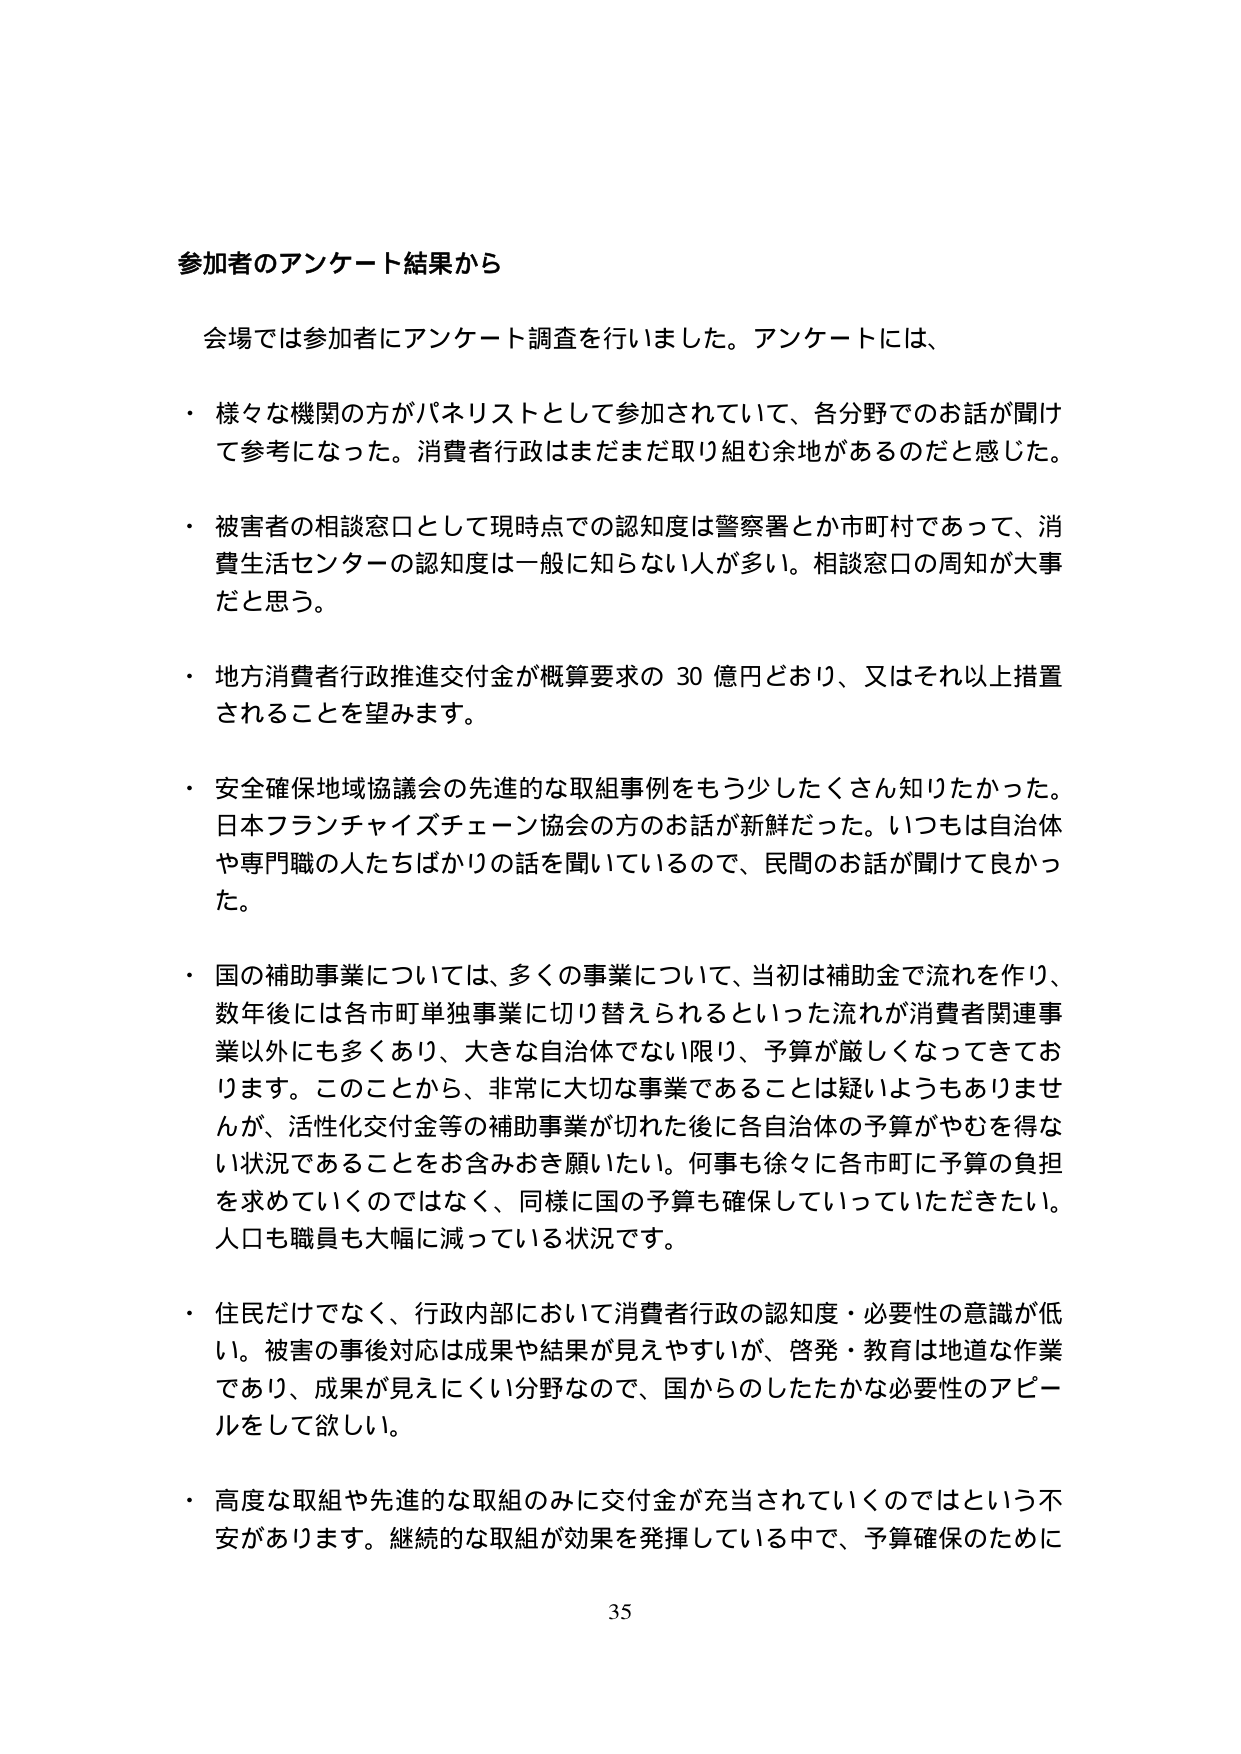
参加者のアンケート結果から

会場では参加者にアンケート調査を行いました。アンケートには、

・ 様々な機関の方がパネリストとして参加されていて、各分野でのお話が聞けて参考になった。消費者行政はまだまだ取り組む余地があるのだと感じた。

・ 被害者の相談窓口として現時点での認知度は警察署とか市町村であって、消費生活センターの認知度は一般に知らない人が多い。相談窓口の周知が大事だと思う。

・ 地方消費者行政推進交付金が概算要求の 30 億円どおり、又はそれ以上措置されることを望みます。

・ 安全確保地域協議会の先進的な取組事例をもう少しだたくさん知りたかった。日本フランチャイズチェーン協会の方のお話が新鮮だった。いつもは自治体や専門職の人たちばかりの話を聞いているので、民間のお話が聞けて良かった。

・ 国の補助事業については、多くの事業について、当初は補助金で流れを作り、数年後には各市町単独事業に切り替えられるといった流れが消費者関連事業以外にも多くあり、大きな自治体でない限り、予算が厳しくなってきております。このことから、非常に大切な事業であることは疑いようもありませんが、活性化交付金等の補助事業が切れた後に各自治体の予算がやむを得ない状況であることをお含みおき願いたい。何事も徐々に各市町に予算の負担を求めていくのではなく、同様に国の予算も確保していっていただきたい。人口も職員も大幅に減っている状況です。

・ 住民だけでなく、行政内部において消費者行政の認知度・必要性の意識が低い。被害の事後対応は成果や結果が見えやすいが、啓発・教育は地道な作業であり、成果が見えにくい分野なので、国からのしたたかな必要性のアピールをして欲しい。

・ 高度な取組や先進的な取組のみに交付金が充当されていくのではという不安があります。継続的な取組が効果を発揮している中で、予算確保のために

35